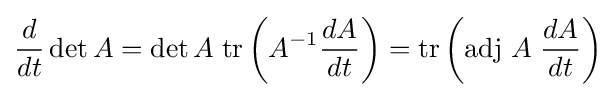
{\frac {d}{dt}}\det A=\det A\;\mathrm {tr} \left(A^{-1}{\frac {dA}{dt}}\right)=\mathrm {tr} \left(\mathrm {adj} \ A\;{\frac {dA}{dt}}\right)